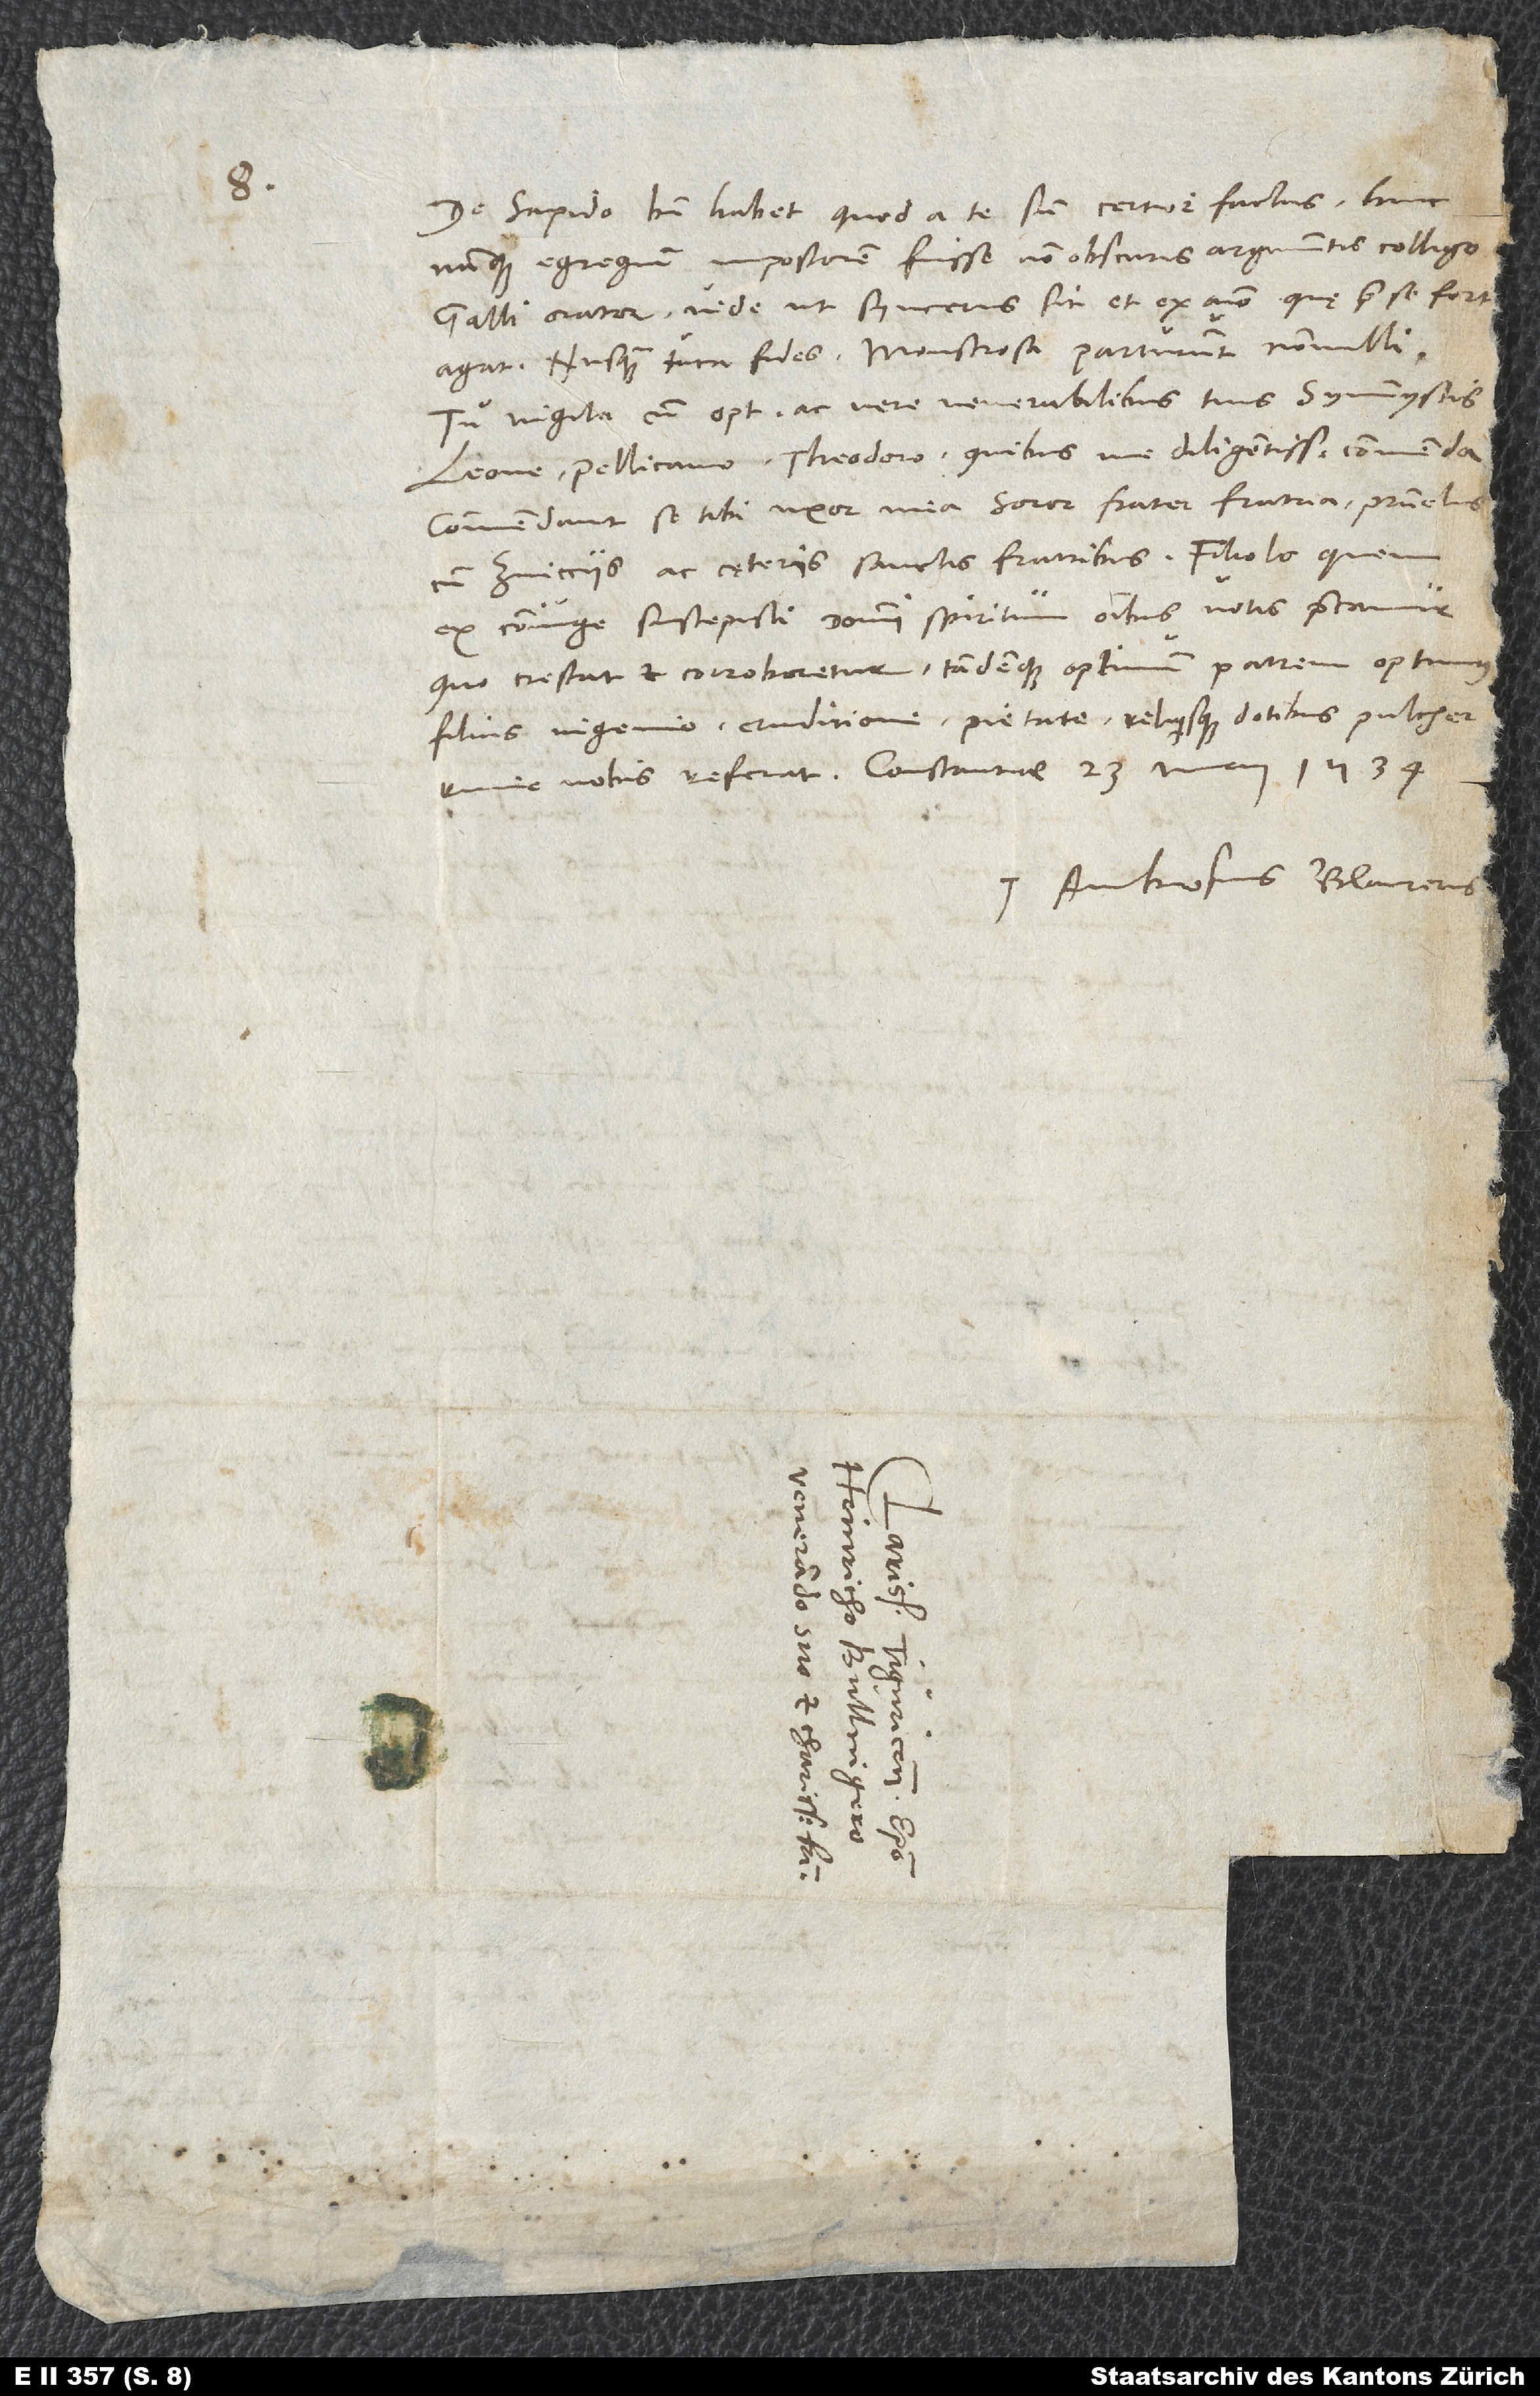
De Sapido bene habet quod a te sum certior factus. Hunc
nunquam egregium impostorem fuisse non obscuris argumentis colligo.
Galli orator vide ut syncerus sit et ex animo, quę prae se fert,
agat. Nusquam tuta fides, monstrosa parturiunt nonnulli.
Tu vigila cum optimis ac vere venerabilibus tuis symmystis
Leone, Pellicano, Theodoro, quibus me diligentissime commenda.
Commendant se tibi uxor mea, soror, frater, fratria, patruelis
cum Zvicciis ac cęteris sanctis fratribus. Filiolo, quem
ex coniuge suscepisti, domini spiritum omnibus votis precamur,
quo crescat et corroboretur tandemque optimum patrem optimus
filius ingenio, eruditione, pietate reliquisque dotibus pulcherrimis
Ambrosius Blaurerus